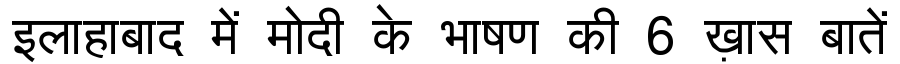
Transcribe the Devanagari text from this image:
इलाहाबाद में मोदी के भाषण की 6 ख़ास बातें